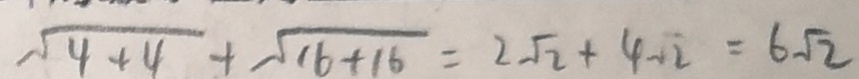
\sqrt { 4 + 4 } + \sqrt { 1 6 + 1 6 } = 2 \sqrt { 2 } + 4 \sqrt { 2 } = 6 \sqrt { 2 }